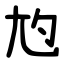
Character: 尥